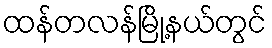
ထန်တလန်မြို့နယ်တွင်